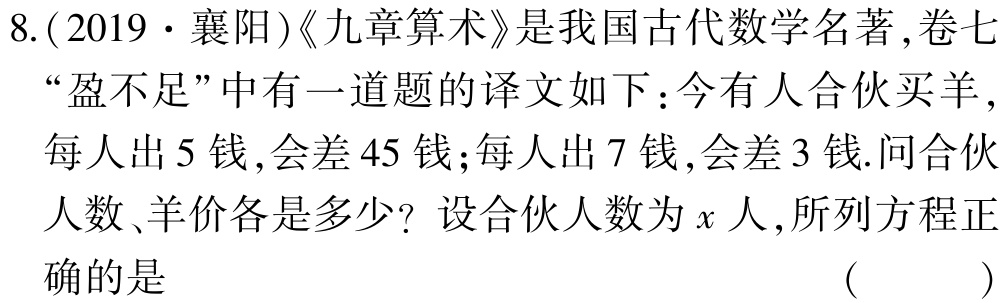
8.(2019·襄阳)《九章算术》是我国古代数学名著,卷七

“盈不足”中有一道题的译文如下：今有人合伙买羊,

每人出5钱,会差45钱;每人出7钱,会差3钱.问合伙

人数、羊价各是多少？设合伙人数为\(x\)人,所列方程正

确的是

( )